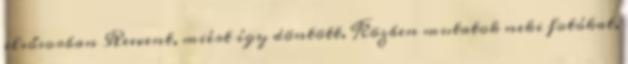
elsősorban Reevent, miért így döntött. Közben mutatok neki fotókat,